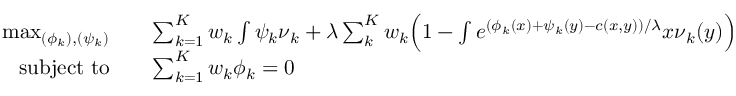
\begin{array} { r l } { \operatorname* { m a x } _ { ( \phi _ { k } ) , ( \psi _ { k } ) } } & { \quad \sum _ { k = 1 } ^ { K } w _ { k } \int \psi _ { k } \d \nu _ { k } + \lambda \sum _ { k } ^ { K } w _ { k } \Big ( 1 - \int e ^ { ( \phi _ { k } ( x ) + \psi _ { k } ( y ) - c ( x , y ) ) / \lambda } \d x \d \nu _ { k } ( y ) \Big ) } \\ { \mathrm { s u b j e c t ~ t o } } & { \quad \sum _ { k = 1 } ^ { K } w _ { k } \phi _ { k } = 0 } \end{array}